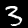
Label: 3